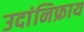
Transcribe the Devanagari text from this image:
उदांनिफ्राय